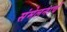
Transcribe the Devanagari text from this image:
संमेलनाचें